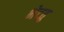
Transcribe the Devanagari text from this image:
भेटतु